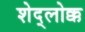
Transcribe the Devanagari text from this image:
शेद्लोक्क